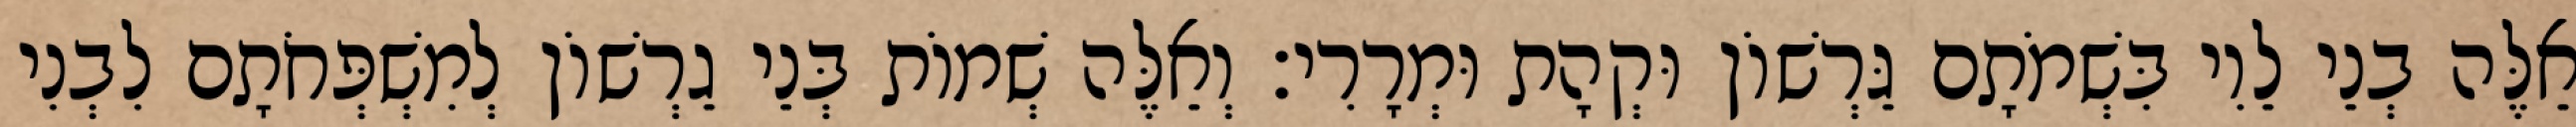
אֵלֶּה בְנֵי לֵוִי בִּשְׁמֹתָם גֵּרְשׁוֹן וּקְהָת וּמְרָרִי׃ וְאֵלֶּה שְׁמוֹת בְּנֵי גֵרְשׁוֹן לְמִשְׁפְּחֹתָם לִבְנִי